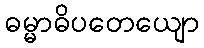
ဓမ္မာဓိပတေယျော